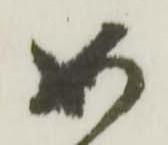
如